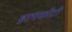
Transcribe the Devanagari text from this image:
हाथकोटी